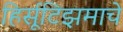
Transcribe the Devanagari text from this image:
हिर्सूटिझमाचे